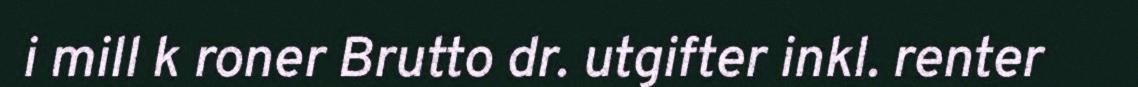
i mill k roner Brutto dr. utgifter inkl. renter